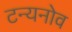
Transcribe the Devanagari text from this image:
टन्यनोव